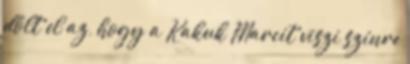
dőlt el az, hogy a Kakuk Marcit viszi színre